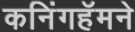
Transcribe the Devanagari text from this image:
कनिंगहॅमने